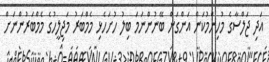
އަދި ޖަލްސާގެ މުހިންމުކަން އަންގަން ބޭނުންނަމަ ބިލު ހުށަހެޅި މެމްބަރު މަޖިލީހުގެ މެމްބަރުންނަށް